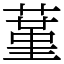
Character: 蓳